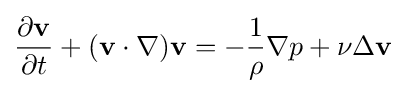
{\frac {\partial \mathbf {v} }{\partial t}}+(\mathbf {v} \cdot \nabla )\mathbf {v} =-{\frac {1}{\rho }}\nabla p+\nu \Delta \mathbf {v}